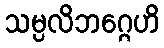
သမ္ပလိဘဂ္ဂေဟိ